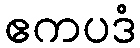
ဧကပဒံ